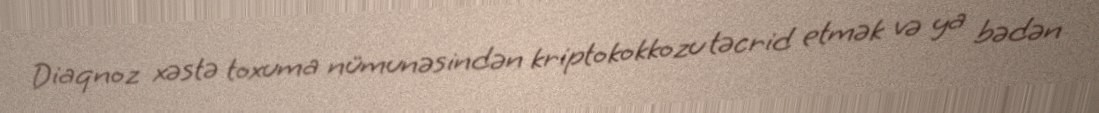
Diaqnoz xəstə toxuma nümunəsindən kriptokokkozu təcrid etmək və ya bədən